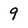
Character: 9